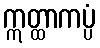
ဣတ္ထာကပ္ပံ